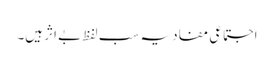
اجتماعی مفاد یہ سب لفظ بے اثر ہیں۔